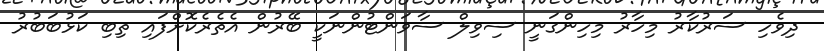
ދިވެހި ސަރުކާރު މިހާރު މިހިންގަނީ ސިވިލް ސާވަންޓުންނަކީ ބޭރުން އެތެރެކޮށްފައި ތިބި ކަޅުބަބުރު